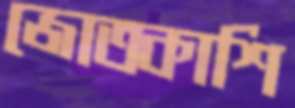
জোতকাশি